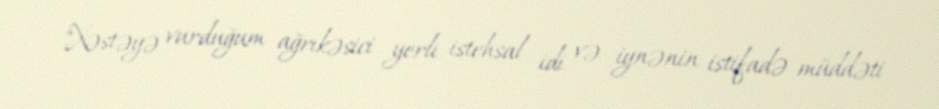
"Xəstəyə vurduğum ağrıkəsici yerli istehsal idi və iynənin istifadə müddəti